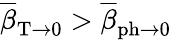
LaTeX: \overline{{\beta}}_{\mathrm{T}\rightarrow 0}>\overline{{\beta}}_{\mathrm{ph}\rightarrow 0}